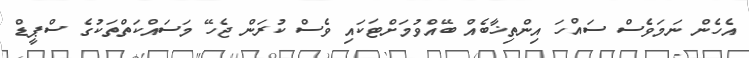
އެހެން ނަމަވެސް ސައްހަ އިންތިޚާބެއް ބޭއްވުމަށްޓަކައި ވެސް ކުރަން ޖެހޭ މަސައްކަތްތަކުގެ ސްޕީޑް